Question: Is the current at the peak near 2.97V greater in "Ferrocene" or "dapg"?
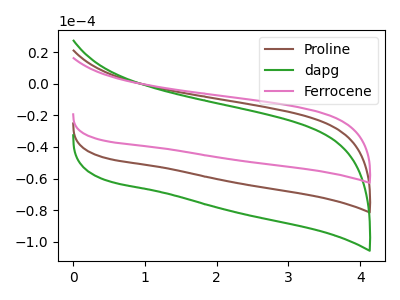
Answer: <think>The brown curve "Proline" has no peaks. The green curve "dapg" has no peaks. The pink curve "Ferrocene" has no peaks.</think>
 <answer>"Ferrocene" and "dapg" dont share a peak at 2.97V.</answer>
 <eval>mismatch</eval>